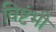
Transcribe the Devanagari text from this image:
विष्टंभी